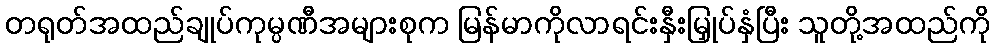
တရုတ်အထည်ချုပ်ကုမ္ပဏီအများစုက မြန်မာကိုလာရင်းနှီးမြှုပ်နှံပြီး သူတို့အထည်ကို